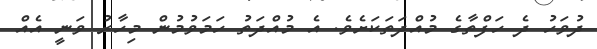
ދުވަހު ދެ ހަފްތާގެ މުއްދަތަަކަށެވެ. އެ މުއްދަތު ހަމަވުމުން މިހާރު ވަނީ އެއް